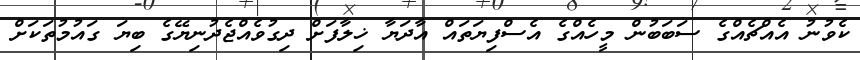
ކެވުނު އެއްޗެއްގެ ސަބަބުން މީހެއްގެ އެސްފިޔަތައް އާދަޔާ ޚިލާފަށް ދިގުވެއްޖެދުނިޔޭގެ ބިޔަ ގައުމުތަކަށް